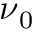
\ensuremath { \boldsymbol \nu } _ { 0 }